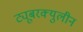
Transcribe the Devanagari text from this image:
ट्यूबरक्युलीन